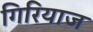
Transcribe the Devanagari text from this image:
गिरियाज